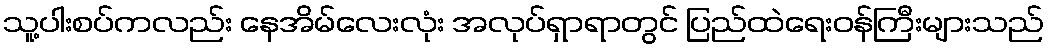
သူ့ပါးစပ်ကလည်း နေအိမ်လေးလုံး အလုပ်ရှာရာတွင် ပြည်ထဲရေးဝန်ကြီးများသည်